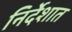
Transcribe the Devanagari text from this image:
निर्देशात